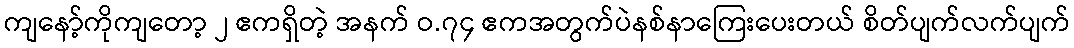
ကျနော့်ကိုကျတော့ ၂ ဧကရှိတဲ့ အနက် ဝ.၇၄ ဧကအတွက်ပဲနစ်နာကြေးပေးတယ် စိတ်ပျက်လက်ပျက်